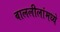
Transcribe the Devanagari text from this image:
बाललीलांमध्ये